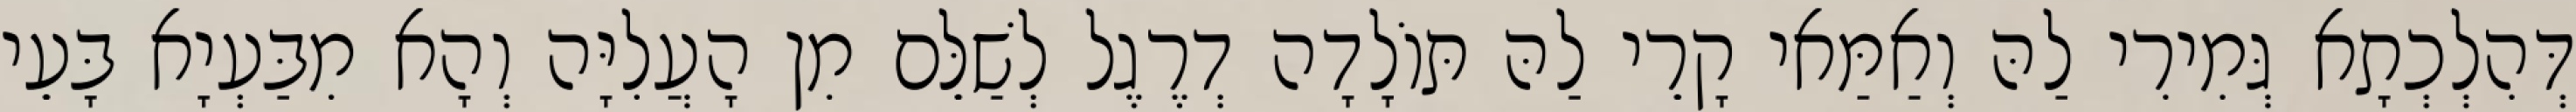
דְּהִלְכְתָא גְּמִירִי לַהּ וְאַמַּאי קָרֵי לַהּ תּוֹלָדָה דְרֶגֶל לְשַׁלֵּם מִן הָעֲלִיָּה וְהָא מִבַּעְיָא בָּעֵי